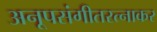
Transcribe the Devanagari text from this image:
अनूपसंगीतरत्नाकर